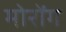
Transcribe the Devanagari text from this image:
मोरोंग